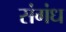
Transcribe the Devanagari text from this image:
संगंध